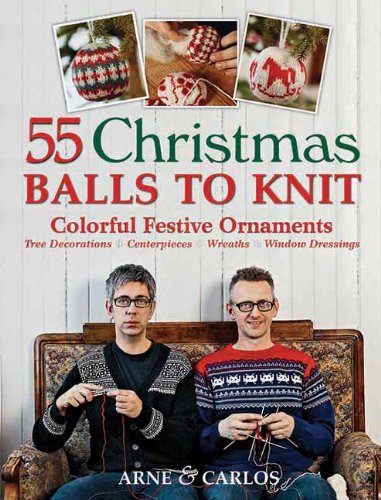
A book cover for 55 Christmas Balls to Knit: Colorful Festive Ornaments, Tree Decorations, Centerpieces, Wreaths, Window Dressings; Arne Nerjordet; Crafts, Hobbies & Home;